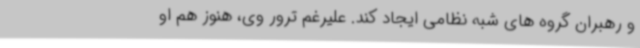
و رهبران گروه های شبه نظامی ایجاد کند. علیرغم ترور وی، هنوز هم او